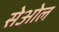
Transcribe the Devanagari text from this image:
सेओल